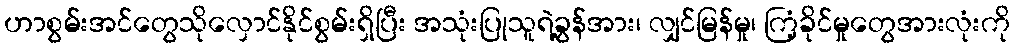
ဟာစွမ်းအင်တွေသိုလှောင်နိုင်စွမ်းရှိပြီး အသုံးပြုသူရဲ့ခွန်အား၊ လျှင်မြန်မှု၊ ကြံ့ခိုင်မှုတွေအားလုံးကို